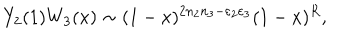
Y _ { 2 } ( 1 ) W _ { 3 } ( x ) \sim ( 1 - x ) ^ { 2 n _ { 2 } n _ { 3 } - \varepsilon _ { 2 } \varepsilon _ { 3 } } ( 1 - x ) ^ { R } ,